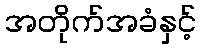
အတိုက်အခံနှင့်